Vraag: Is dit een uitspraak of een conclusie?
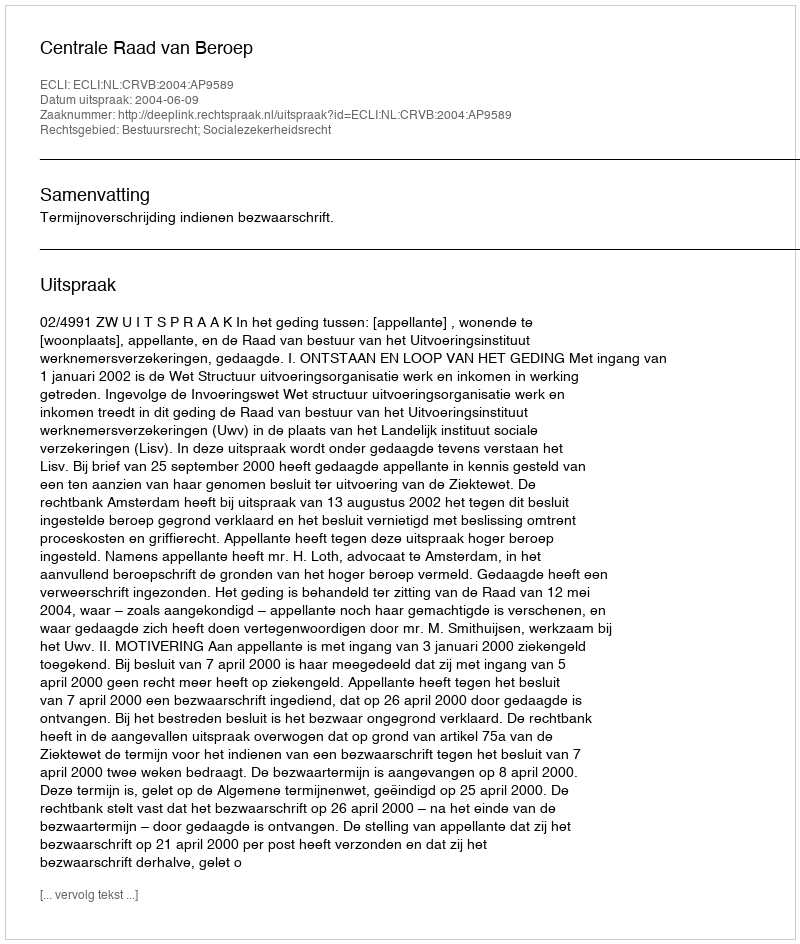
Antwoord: Uitspraak